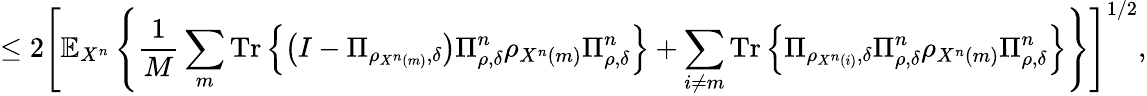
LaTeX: \leq 2\left[\mathbb{E}_{X^{n}}\left\{ {\frac{1}{M}}\sum_{m}{\mathrm{Tr}}\left\{ \left(I-\Pi_{\rho_{X^{n}\left(m\right)},\delta}\right)\Pi_{\rho,\delta}^{n}\rho_{X^{n}\left(m\right)}\Pi_{\rho,\delta}^{n}\right\} +\sum_{i\neq m}{\mathrm{Tr}}\left\{ \Pi_{\rho_{X^{n}\left(i\right)},\delta}\Pi_{\rho,\delta}^{n}\rho_{X^{n}\left(m\right)}\Pi_{\rho,\delta}^{n}\right\} \right\} \right]^{1/2},